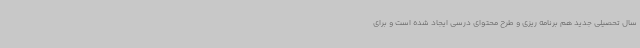
سال تحصیلی جدید هم برنامه ریزی و طرح محتوای درسی ایجاد شده است و برای